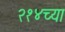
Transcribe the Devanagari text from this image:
२१४च्या